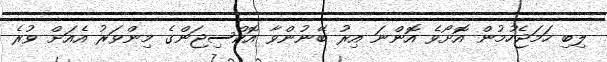
ލިބި ހަމަޖެހުމުން އޮށޯވެ އޮންނަ އިރު ބޭނުންވާ އޮކްސިޖަންގެ މިންވަރު އެއަށް ވުރެ